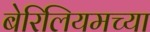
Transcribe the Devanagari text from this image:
बेरिलियमच्या